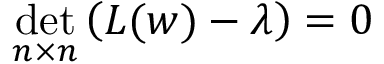
\operatorname * { d e t } _ { n \times n } \left( { \cal L } ( w ) - \lambda \right) = 0